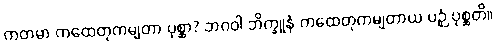
ကတမာ ကထေတုကမျတာ ပုစ္ဆာ? ဘဂဝါ ဘိက္ခူနံ ကထေတုကမျတာယ ပဉှံ ပုစ္ဆတိ။